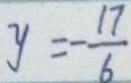
y = - \frac { 1 7 } { 6 }